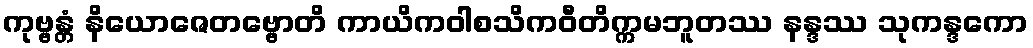
ကုဗ္ဗန္တံ နိယောဇေတဗ္ဗောတိ ကာယိကဝါစသိကဝီတိက္ကမဘူတဿ နန္ဒဿ သုကန္ဒကော